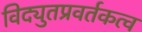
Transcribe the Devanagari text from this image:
विद्युतप्रवर्तकत्व